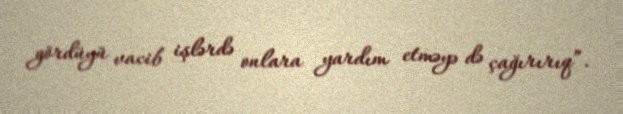
gördüyü vacib işlərdə onlara yardım etməyə də çağırırıq”.